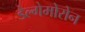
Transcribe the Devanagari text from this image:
डेल्गेमोरोन